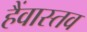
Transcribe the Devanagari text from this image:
हैंवास्तव